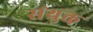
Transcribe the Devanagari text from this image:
संयुक्त़